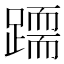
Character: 𨅲